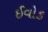
ઈવોક